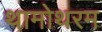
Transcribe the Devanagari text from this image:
थामोथरम